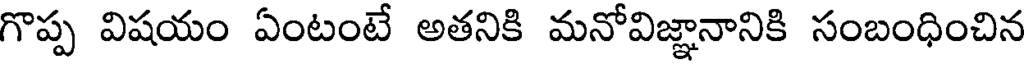
గొప్ప విషయం ఏంటంటే అతనికి మనోవిజ్ఞానానికి సంబంధించిన